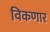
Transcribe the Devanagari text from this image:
विकणार